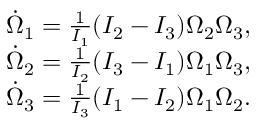
\begin{array} { r } { \dot { \Omega } _ { 1 } = \frac { 1 } { I _ { 1 } } ( I _ { 2 } - I _ { 3 } ) \Omega _ { 2 } \Omega _ { 3 } , } \\ { \dot { \Omega } _ { 2 } = \frac { 1 } { I _ { 2 } } ( I _ { 3 } - I _ { 1 } ) \Omega _ { 1 } \Omega _ { 3 } , } \\ { \dot { \Omega } _ { 3 } = \frac { 1 } { I _ { 3 } } ( I _ { 1 } - I _ { 2 } ) \Omega _ { 1 } \Omega _ { 2 } . } \end{array}